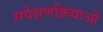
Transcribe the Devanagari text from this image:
सर्वेक्षणक्रियाओं